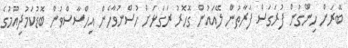
ބޭރަށް ހިންގުން ފުރަގަސް ފަރާތުން ލޭއައުން ގޮހޮރު ރަގަޅަށް ހުސްނުވާހެން އިހްސާސްވުން ބޮޑުކަމުދިއުމުގެ